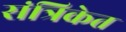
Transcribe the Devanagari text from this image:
संत्रिकेत